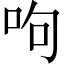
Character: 呴